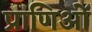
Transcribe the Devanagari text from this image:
प्राणिओं